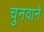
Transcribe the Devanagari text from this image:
चुनवाने